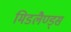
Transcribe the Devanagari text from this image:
मिडलैण्ड्स